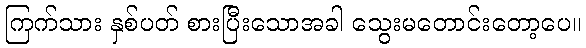
ကြက်သား နှစ်ပတ် စားပြီးသောအခါ သွေးမတောင်းတော့ပေ။